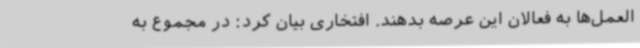
العمل‌ها به فعالان این عرصه بدهند. افتخاری بیان کرد: در مجموع به